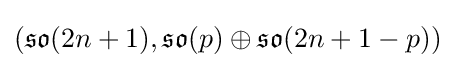
({\mathfrak {so}}(2n+1),{\mathfrak {so}}(p)\oplus {\mathfrak {so}}(2n+1-p))